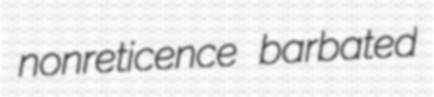
nonreticence barbated